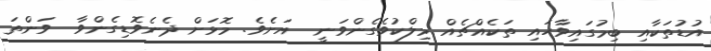
އުޑުތަކާއި ބިމުގައިވާހައި ތަކެއްޗެއް މިލްކުވެގެންވަނީ  އަށެވެ. މޮޅަށް ދެނެވޮޑިގެންވާ  ވަންތަ